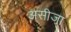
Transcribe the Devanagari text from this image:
असीजा